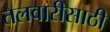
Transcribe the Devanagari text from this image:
तलवारीसाठी